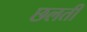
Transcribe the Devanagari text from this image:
छलती